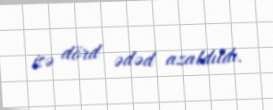
isə dörd ədəd azaldıldı.